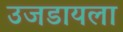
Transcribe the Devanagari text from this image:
उजडायला